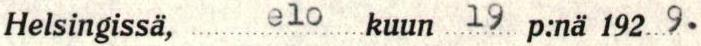
Helsingissä, elokuun 19 p:nä 1929.